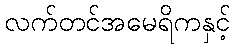
လက်တင်အမေရိကနှင့်